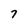
Character: 7